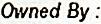
OWNED BY :